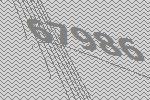
67986